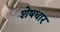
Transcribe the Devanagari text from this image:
शेषधार